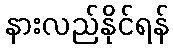
နားလည်နိုင်ရန်